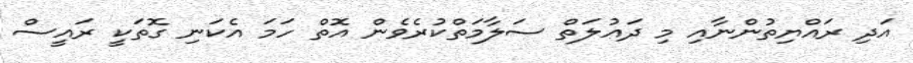
އަދި ރައްޔިތުންނާއި މި ދައުލަތް ސަލާމަތްކުރެވެން އޮތް ހަމަ އެކަނި ގޮތަކީ ރައީސް